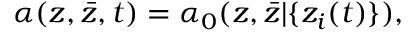
\alpha ( z , \bar { z } , t ) = \alpha _ { 0 } ( z , \bar { z } | \{ z _ { i } ( t ) \} ) ,